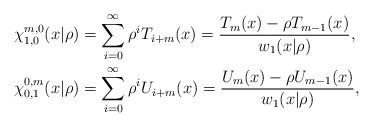
LaTeX: \begin{align*}\chi_{1,0}^{m,0}(x|\rho) & =\sum_{i=0}^{\infty}\rho^{i}T_{i+m}(x)\allowbreak=\allowbreak\frac{T_{m}(x)-\rho T_{m-1}(x)}{w_{1}(x|\rho)},\\\chi_{0,1}^{0,m}(x|\rho) & =\sum_{i=0}^{\infty}\rho^{i}U_{i+m}(x)=\frac{U_{m}(x)-\rho U_{m-1}(x)}{w_{1}(x|\rho)},\end{align*}